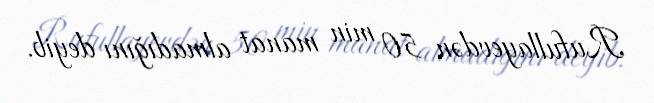
Rufullayevdən 50 min manat almadığını deyib.